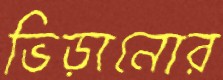
ভিড়ানোর